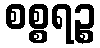
စစ္စရဉ္စ